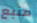
منبع